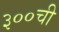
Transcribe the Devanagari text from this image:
३००ची